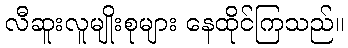
လီဆူးလူမျိုးစုများ နေထိုင်ကြသည်။